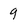
Character: 9